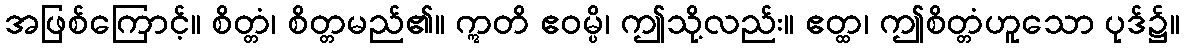
အဖြစ်ကြောင့်။ စိတ္တံ၊ စိတ္တမည်၏။ ဣတိ ဧဝမ္ပိ၊ ဤသို့လည်း။ ဧတ္ထ၊ ဤစိတ္တံဟူသော ပုဒ်၌။